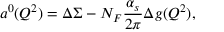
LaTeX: a ^ { 0 } ( Q ^ { 2 } ) = \Delta \Sigma - N _ { F } \frac { \alpha _ { s } } { 2 \pi } \Delta g ( Q ^ { 2 } ) ,